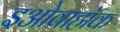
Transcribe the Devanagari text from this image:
इओवाहॉक